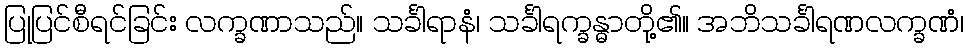
ပြုပြင်စီရင်ခြင်း လက္ခဏာသည်။ သင်္ခါရာနံ၊ သင်္ခါရက္ခန္ဓာတို့၏။ အဘိသင်္ခါရဏလက္ခဏံ၊